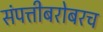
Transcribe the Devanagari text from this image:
संपत्तीबरोबरच